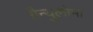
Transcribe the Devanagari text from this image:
ग्रैन्युलोमा